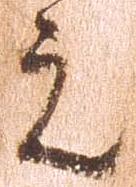
元